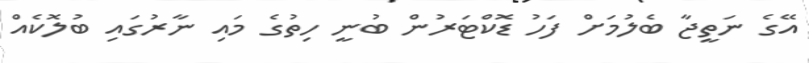
އޭގެ ނަތީޖާ ބެލުމަށް ފަހު ޑޮކްޓަރުން ބުނީ ހިތުގެ މައި ނާރުގައި ބުލޮކެއް